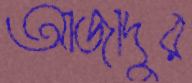
আজাদুর